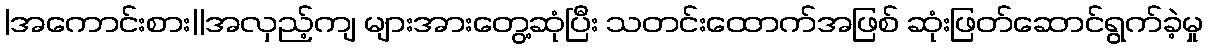
|အကောင်းစား||အလှည့်ကျ များအားတွေ့ဆုံပြီး သတင်းထောက်အဖြစ် ဆုံးဖြတ်ဆောင်ရွက်ခဲ့မှု